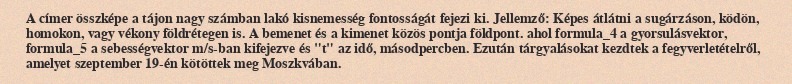
A címer összképe a tájon nagy számban lakó kisnemesség fontosságát fejezi ki. Jellemző: Képes átlátni a sugárzáson, ködön, homokon, vagy vékony földrétegen is. A bemenet és a kimenet közös pontja földpont. ahol formula_4 a gyorsulásvektor, formula_5 a sebességvektor m/s-ban kifejezve és "t" az idő, másodpercben. Ezután tárgyalásokat kezdtek a fegyverletételről, amelyet szeptember 19-én kötöttek meg Moszkvában.